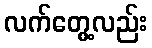
လက်တွေ့လည်း